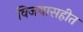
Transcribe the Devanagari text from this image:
विजयासहीत